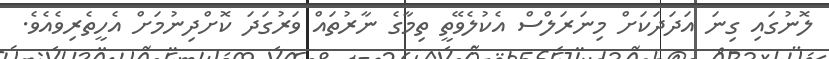
ލޮނުގައި ގިނަ އަދަދަކަށް މިނަރަލްސް އެކުލެވޭތީ ތިމާގެ ނާރުތައް ވަރުގަދަ ކޮށްދިނުމަށް އެހީތެރިވެއެވެ.